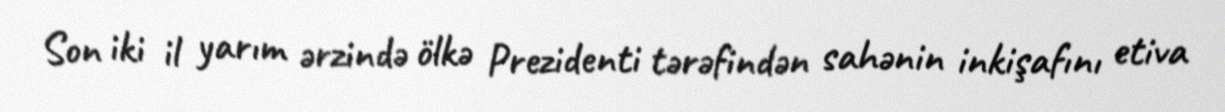
Son iki il yarım ərzində ölkə Prezidenti tərəfindən sahənin inkişafını etiva